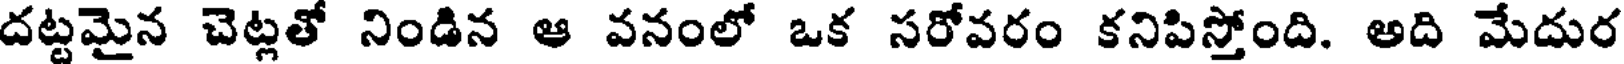
దట్టమైన చెట్లతో నిండిన ఆ వనంలో ఒక సరోవరం కనిపిస్తోంది. అది మేదుర